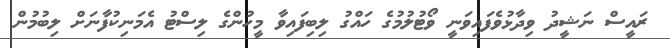
ރައީސް ނަޝީދު ވިދާޅުވެފައިވަނީ ވޯޓުލުމުގެ ހައްގު ލިބިފައިވާ މީހުންގެ ލިސްޓު އެމަނިކުފާނަށް ލިބުމުން